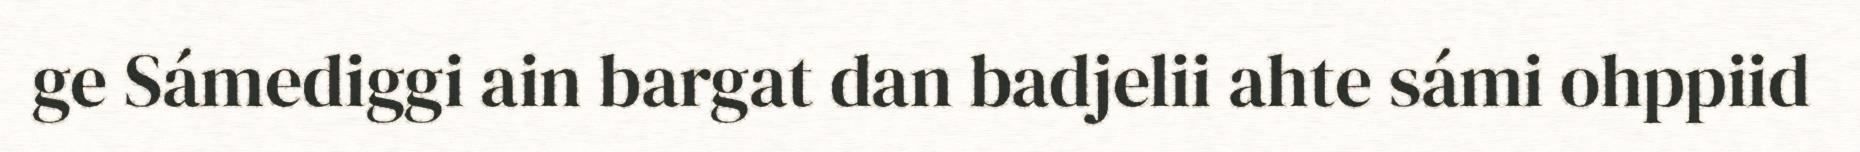
ge Sámediggi ain bargat dan badjelii ahte sámi ohppiid